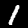
Label: 1